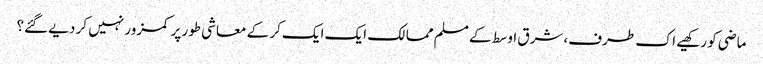
ماضی کو رکھیے اک طرف، شرق اوسط کے مسلم ممالک ایک ایک کر کے معاشی طور پر کمزور نہیں کر دیے گئے؟